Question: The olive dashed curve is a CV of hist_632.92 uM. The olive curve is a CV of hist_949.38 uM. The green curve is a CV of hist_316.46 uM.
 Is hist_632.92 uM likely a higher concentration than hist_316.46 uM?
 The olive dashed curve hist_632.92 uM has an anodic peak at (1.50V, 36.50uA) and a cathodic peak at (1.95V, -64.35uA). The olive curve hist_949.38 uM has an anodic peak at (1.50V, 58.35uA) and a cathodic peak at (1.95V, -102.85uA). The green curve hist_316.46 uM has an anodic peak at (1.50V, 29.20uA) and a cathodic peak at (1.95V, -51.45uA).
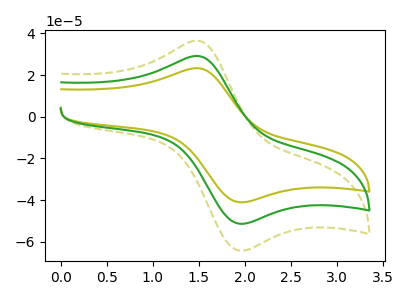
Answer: <think>All the peaks in "hist_632.92 uM" have a peak in "hist_316.46 uM" at the same potential. Every peak in "hist_632.92 uM" is higher than every peak in "hist_316.46 uM".
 </think>
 <answer>"hist_632.92 uM" has more signal than "hist_316.46 uM".</answer>
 <eval>more_signal</eval>